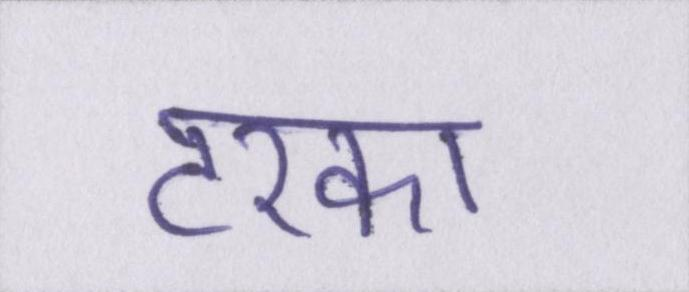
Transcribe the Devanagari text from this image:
टरका